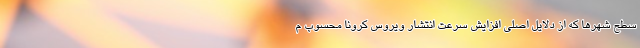
سطح شهرها که از دلایل اصلی افزایش سرعت انتشار ویروس کرونا محسوب م